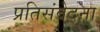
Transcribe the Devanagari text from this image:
प्रतिसंवेदना